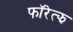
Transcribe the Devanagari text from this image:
फॉरेत्झ